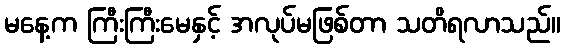
မနေ့က ကြီးကြီးမေနှင့် အလုပ်မဖြစ်တာ သတိရလာသည်။